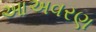
આઅવરણ